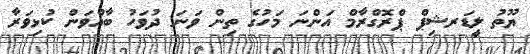
ޔޫތު ލީޑަރޝިޕް ޕްރޮގްރާމް އަންނަ މަހުގެ ތިން ވަނަ ދުވަހު ބާއްވަން ކުޅިވަރާ